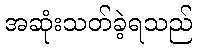
အဆုံးသတ်ခဲ့ရသည်